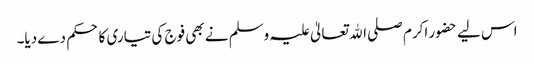
اس لیے حضور اکرم صلی اﷲ تعالیٰ علیہ وسلم نے بھی فوج کی تیاری کا حکم دے دیا۔